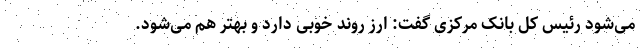
می‌شود رئیس کل بانک مرکزی گفت: ارز روند خوبی دارد و ‌بهتر هم می‌شود.